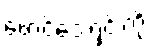
ဖောင်ဒေးရှင်းကို